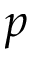
p